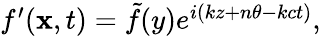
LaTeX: \begin{array}{r}{f^{\prime}(\mathbf{x},t)=\tilde{f}(y)e^{i(kz+n\theta-kct)},}\end{array}